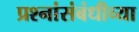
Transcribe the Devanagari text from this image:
प्रश्नांसंबंधीच्या